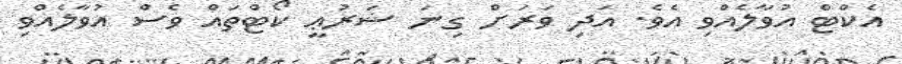
އެކްޓް އުވާލެއްވި އެވެ. އަދި ވަރަށް ގިނަ ޝަރުޢީ ކޯޓްތައް ވެސް އުވާލެއްވި